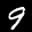
Label: 9